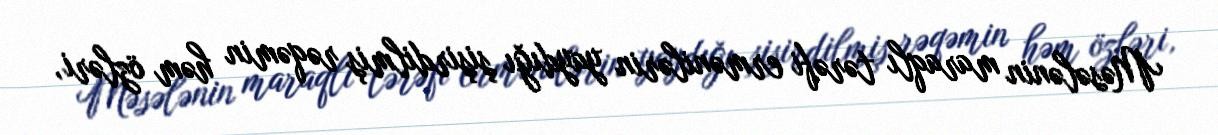
Məsələnin maraqlı tərəfi ermənilərin yaydığı şişirdilmiş rəqəmin həm özləri,